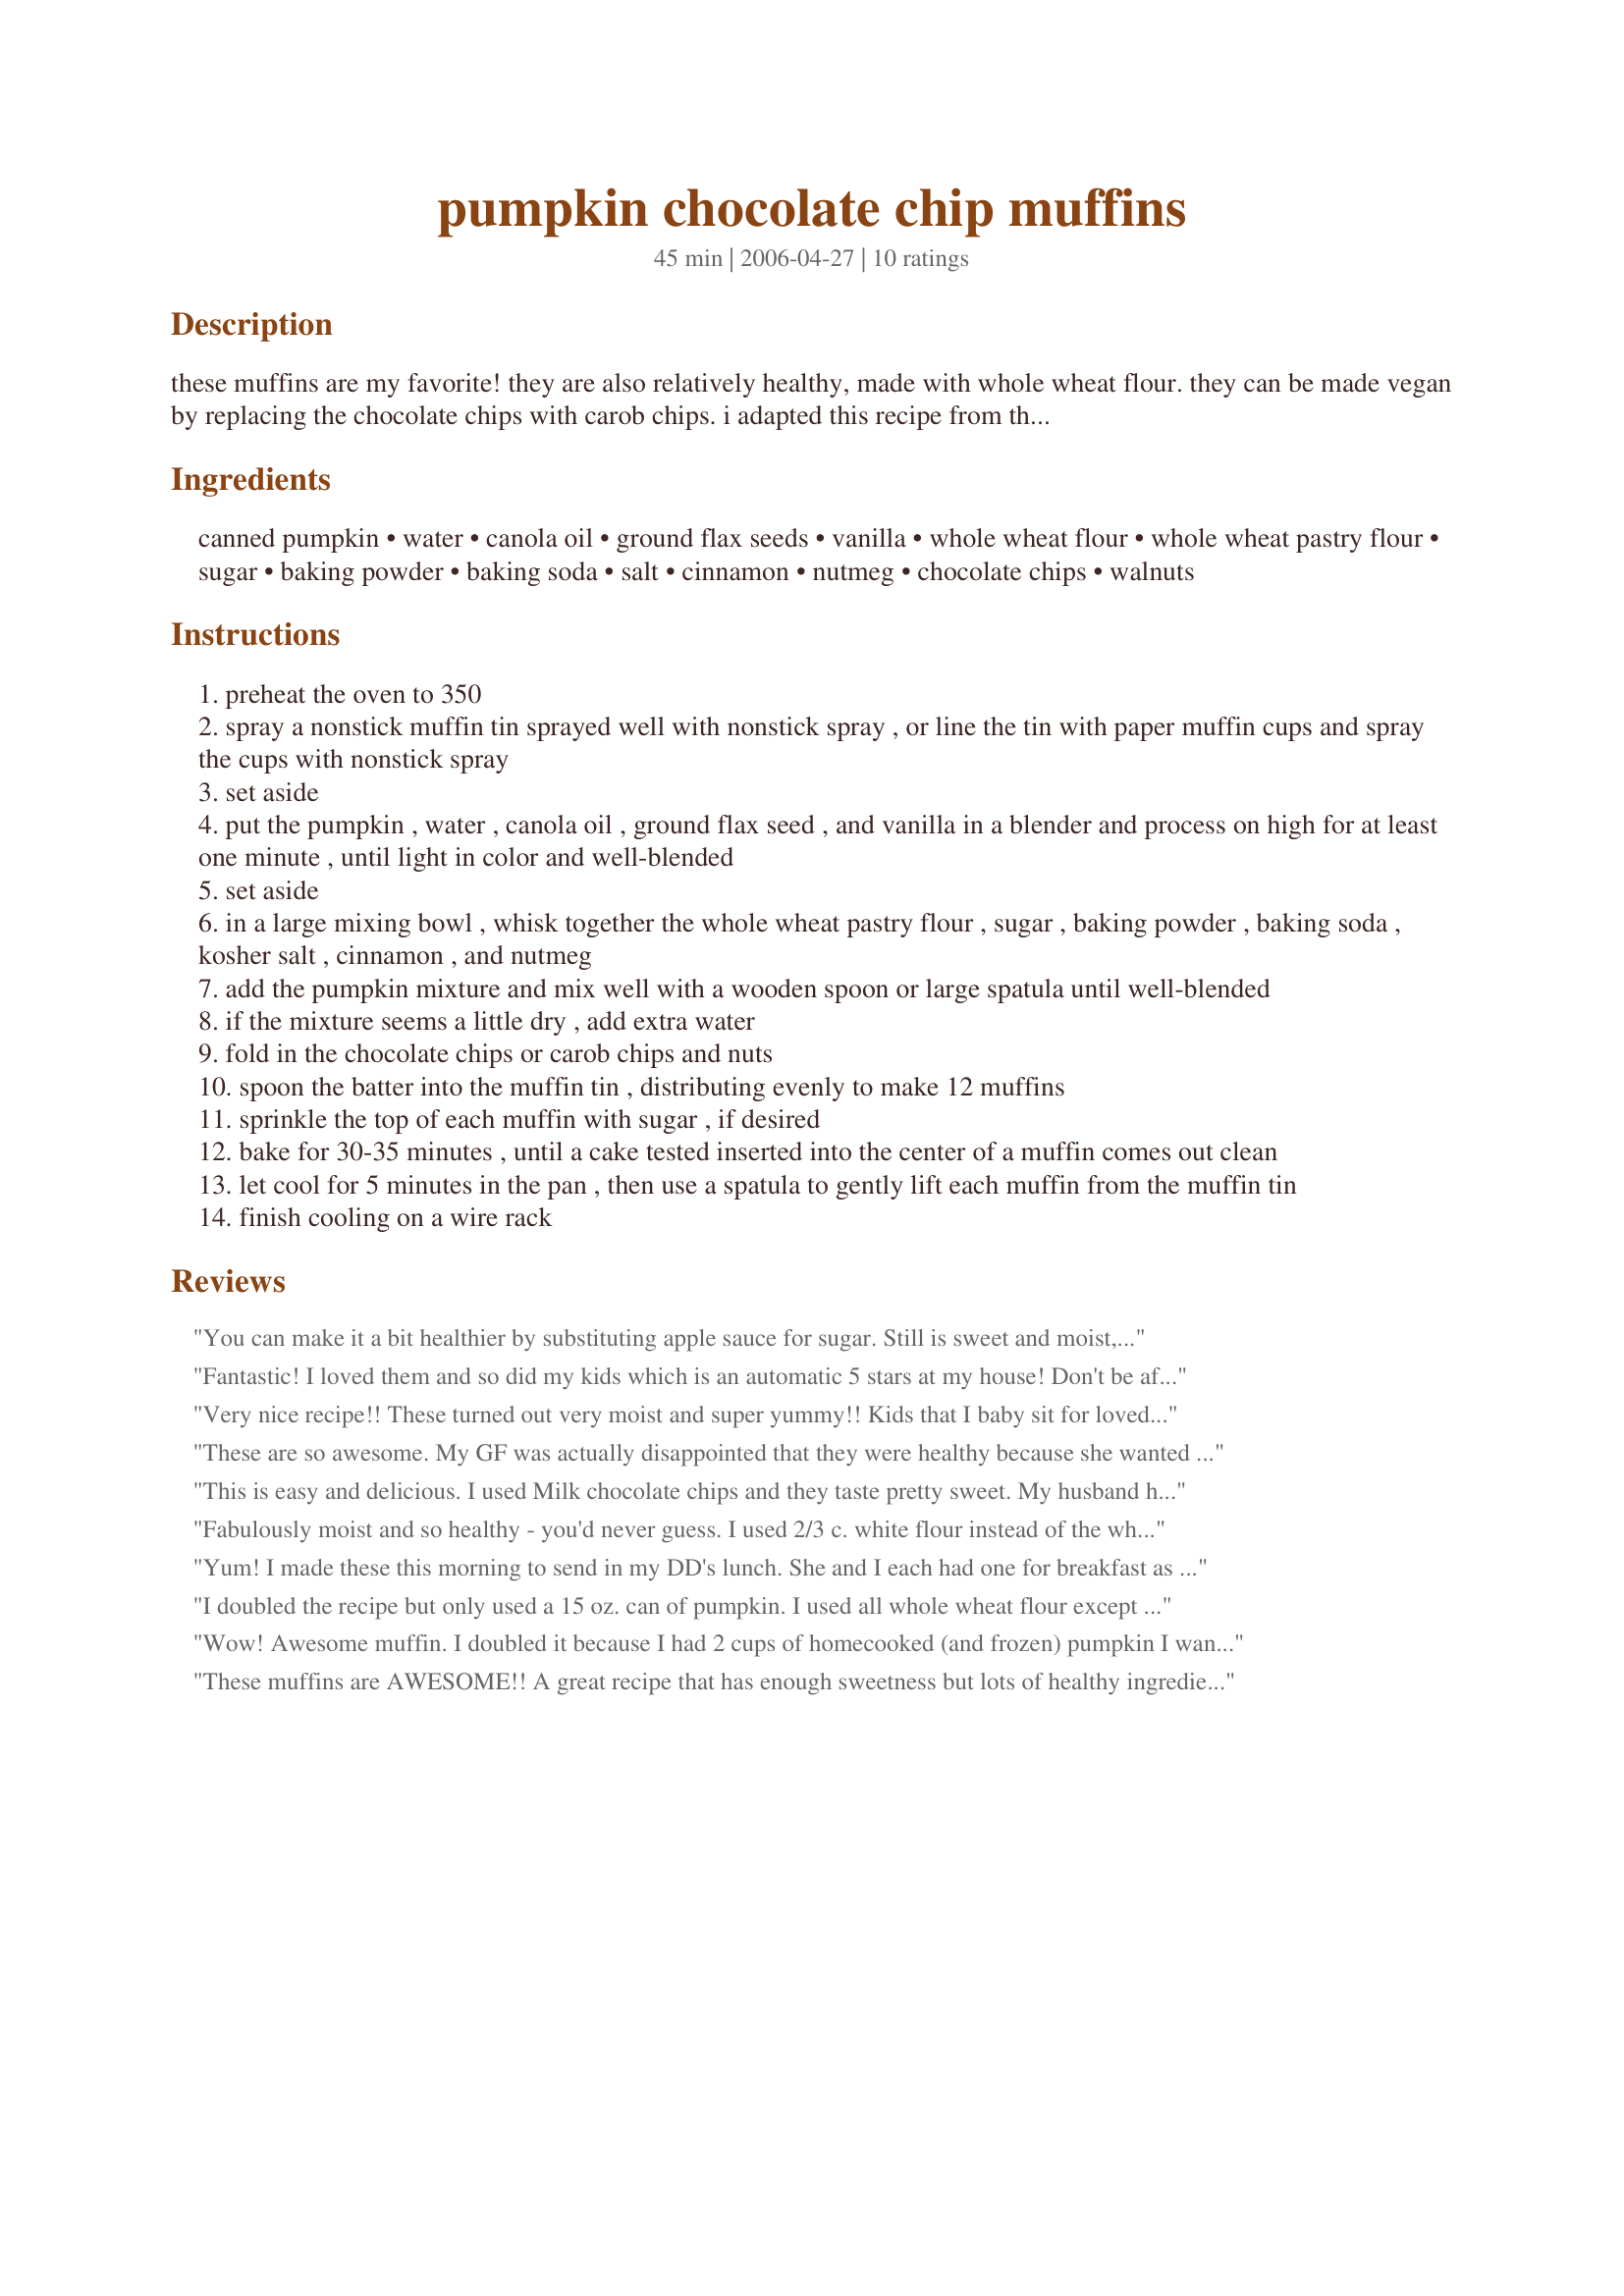
pumpkin chocolate chip muffins
Preparation time: 45 minutes

these muffins are my favorite! they are also relatively healthy, made with whole wheat flour. they can be made vegan by replacing the chocolate chips with carob chips. i adapted this recipe from the vegan lunch box web site

Ingredients:
canned pumpkin, water, canola oil, ground flax seeds, vanilla, whole wheat flour, whole wheat pastry flour, sugar, baking powder, baking soda, salt, cinnamon, nutmeg, chocolate chips, walnuts

Steps:
preheat the oven to 350
spray a nonstick muffin tin sprayed well with nonstick spray , or line the tin with paper muffin cups and spray the cups with nonstick spray
set aside
put the pumpkin , water , canola oil , ground flax seed , and vanilla in a blender and process on high for at least one minute , until light in color and well-blended
set aside
in a large mixing bowl , whisk together the whole wheat pastry flour , sugar , baking powder , baking soda , kosher salt , cinnamon , and nutmeg
add the pumpkin mixture and mix well with a wooden spoon or large spatula until well-blended
if the mixture seems a little dry , add extra water
fold in the chocolate chips or carob chips and nuts
spoon the batter into the muffin tin , distributing evenly to make 12 muffins
sprinkle the top of each muffin with sugar , if desired
bake for 30-35 minutes , until a cake tested inserted into the center of a muffin comes out clean
let cool for 5 minutes in the pan , then use a spatula to gently lift each muffin from the muffin tin
finish cooling on a wire rack

Reviews:
You can make it a bit healthier by substituting apple sauce for sugar. Still is sweet and moist, but less calories and healthier.
Fantastic! I loved them and so did my kids which is an automatic 5 stars at my house! Don't be afraid of the word "vegan," these don't taste healthy at all. Sweet, almost like a cupcake. I omitted the nuts, otherwise made as stated. Will be making these again and again! Thanks for sharing the recipe!
Very nice recipe!! These turned out very moist and super yummy!! Kids that I baby sit for loved them as well!! Thanks for a great muffin!!
These are so awesome. My GF was actually disappointed that they were healthy because she wanted to feel bad about eating them. I did have to add a little bit more water to get the mix right but other than that I followed the recipe exactley as written. I think next time I might add more spice to the mix, like some all spice or ginger to really bring out the pumpkin taste.
This is easy and delicious. I used Milk chocolate chips and they taste pretty sweet. My husband has requested no chips next time. I also sprinkled raw sugar on the top and it was great!
Fabulously moist and so healthy - you'd never guess. I used 2/3 c. white flour instead of the whole wheat pastry flour. Also used carob chips as they were in the cupboard. Yummy!
Yum! I made these this morning to send in my DD's lunch. She and I each had one for breakfast as well and LOVED them. I followed the recipe exactly as stated (except I used safflower oil instead of canola) and they came out perfectly. Thanks for posting this! We're big fans of the Vegan Lunch Box.
I doubled the recipe but only used a 15 oz. can of pumpkin. I used all whole wheat flour except for 2/3 c. regular white flour. and only put in 2/3 c. sugar. Hmm...okay, I also left out the nuts and compensated by upping the amount of chocolate chips. Fantastic results!!! Will most definitely be making it again.
Wow! Awesome muffin. I doubled it because I had 2 cups of homecooked (and frozen) pumpkin I wanted to use. I used a half white/half wheat flour and half splenda/half sugar. I left out the nuts and used just slightly more then called for of dark chocolate chips. Moist and flavorful, and nice and light. These will be great lunchbox treats.
These muffins are AWESOME!! A great recipe that has enough sweetness but lots of healthy ingredients. I made a few changes/substitutions though; I used 1 cup whole wheat flour and 2/3 cup all purpose flour, and cut down the sugar to 1/2 cup. I used about 1/3 to 1/2 cup chocolate chips. It is a dense muffin, but so good. I used an extra large muffin tin for this one (6) and cooked at the same temperature and time. Thanks for sharing!
